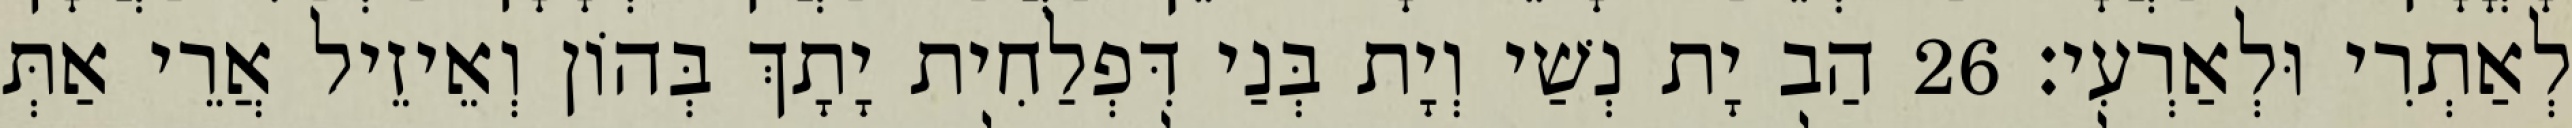
לְאַתְרִי וּלְאַרְעִי׃ 26 הַב יָת נְשַׁי וְיָת בְּנַי דִּפְלַחִית יָתָךְ בְּהוֹן וְאֵיזֵיל אֲרֵי אַתְּ